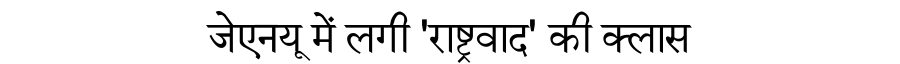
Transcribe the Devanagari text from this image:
जेएनयू में लगी 'राष्ट्रवाद' की क्लास